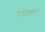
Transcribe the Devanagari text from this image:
मेडागास्करः